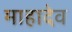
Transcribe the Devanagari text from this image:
माहादेव